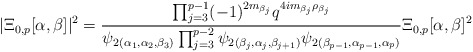
\begin{align*}\vert \Xi_{0,p}[\alpha,\beta] \vert^2=\frac{\prod_{j=3}^{p-1}(-1)^{2m_{\beta_j}}q^{4im_{\beta_j}\rho_{\beta_j}}}{{\psi}_2{}_{(\alpha_1,\alpha_2,\beta_3)}\prod_{j=3}^{p-2}{\psi}_2{}_{(\beta_j,\alpha_j,\beta_{j+1})}{\psi}_2{}_{(\beta_{p-1},\alpha_{p-1},\alpha_{p})}}\Xi_{0,p}[\alpha,\beta]^2\end{align*}